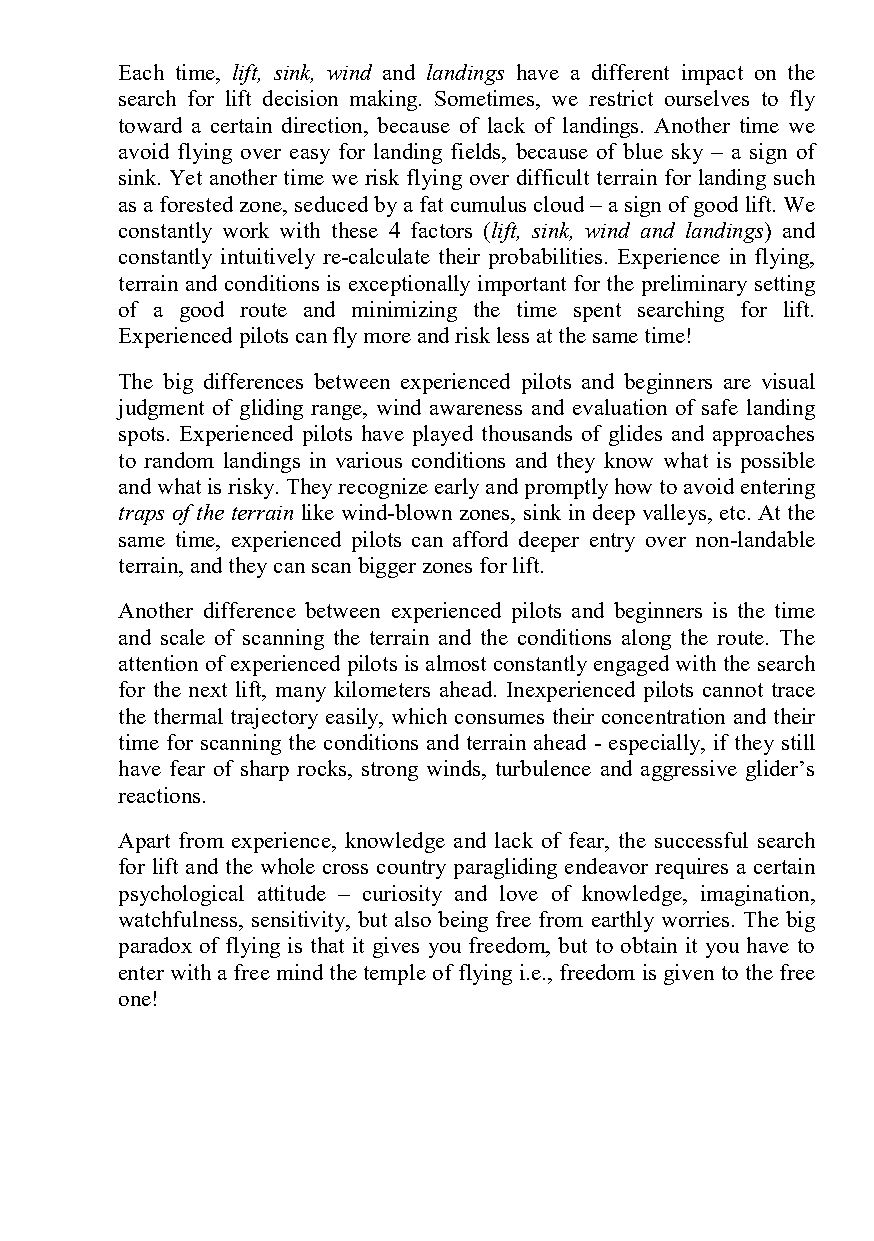
Each time, lift, sink, wind and landings have a different impact on the
 search for lift decision making. Sometimes, we restrict ourselves to fly
 toward a certain direction, because of lack of landings. Another time we
 avoid flying over easy for landing fields, because of blue sky – a sign of
 sink. Yet another time we risk flying over difficult terrain for landing such
 as a forested zone, seduced by a fat cumulus cloud – a sign of good lift. We
 constantly work with these 4 factors (lift, sink, wind and landings) and
 constantly intuitively re-calculate their probabilities. Experience in flying,
 terrain and conditions is exceptionally important for the preliminary setting
 of a good route and minimizing the time spent searching for lift.
 Experienced pilots can fly more and risk less at the same time!
 The big differences between experienced pilots and beginners are visual
 judgment of gliding range, wind awareness and evaluation of safe landing
 spots. Experienced pilots have played thousands of glides and approaches
 to random landings in various conditions and they know what is possible
 and what is risky. They recognize early and promptly how to avoid entering
 traps of the terrain like wind-blown zones, sink in deep valleys, etc. At the
 same time, experienced pilots can afford deeper entry over non-landable
 terrain, and they can scan bigger zones for lift.
 Another difference between experienced pilots and beginners is the time
 and scale of scanning the terrain and the conditions along the route. The
 attention of experienced pilots is almost constantly engaged with the search
 for the next lift, many kilometers ahead. Inexperienced pilots cannot trace
 the thermal trajectory easily, which consumes their concentration and their
 time for scanning the conditions and terrain ahead - especially, if they still
 have fear of sharp rocks, strong winds, turbulence and aggressive glider’s
 reactions.
 Apart from experience, knowledge and lack of fear, the successful search
 for lift and the whole cross country paragliding endeavor requires a certain
 psychological attitude – curiosity and love of knowledge, imagination,
 watchfulness, sensitivity, but also being free from earthly worries. The big
 paradox of flying is that it gives you freedom, but to obtain it you have to
 enter with a free mind the temple of flying i.e., freedom is given to the free
 one!